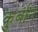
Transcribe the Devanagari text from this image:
कु़र्बान